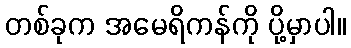
တစ်ခုက အမေရိကန်ကို ပို့မှာပါ။